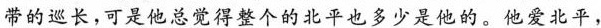
劳的巡长，可是他总觉得整个的北平也多少是他的。他爱北平，